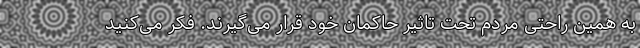
به همین راحتی مردم تحت تاثیر حاکمان خود قرار می‌گیرند. فکر می‌کنید